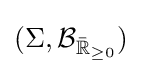
(\Sigma ,\operatorname {\mathcal {B}} _{{\bar {\mathbb {R} }}_{\geq 0}})